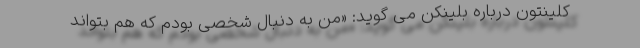
کلینتون درباره بلینکن می گوید: «من به دنبال شخصی بودم که هم بتواند